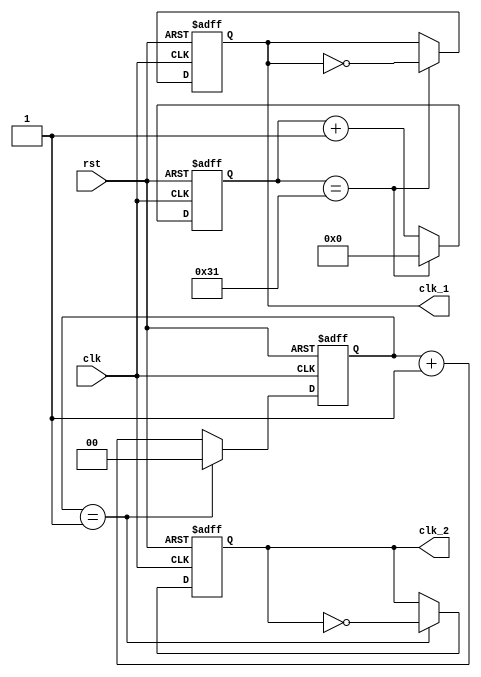

// -----------------------------------------------------------------------------
// frequency divider
// -----------------------------------------------------------------------------
// Create : 2020-05-25 16:04:26
// Revise : 2020-05-25 16:04:26
// Editor : sublime text3, tab size (4)
// -----------------------------------------------------------------------------

//clk_1: 1hz clk_2: 25Mhz
module divider_s (clk, rst, clk_1, clk_2);
input clk, rst;
output clk_1, clk_2;

reg clk_1, clk_2;

//flag for counter
reg [19:0] flag_1;
reg [1:0] flag_2;


//divider for clk_2: 25Mhz
always @(posedge clk or negedge rst) begin
	if (!rst) begin
		// reset
		flag_2 <= 0;
		clk_2 <= 0;
	end
	else if (flag_2 == 2'd1) begin
		clk_2 = ~clk_2;
		flag_2 <= 0;
	end
	else
		flag_2 <= flag_2 +1;
end

//divider for clk_1: 1Mhz
always @(posedge clk or negedge rst) begin
	if (!rst) begin
		// reset
		flag_1 <= 0;
		clk_1 <= 0;
	end
	else if (flag_1 == 20'd49) begin  //if you want a secondwatch, change to 49999
		clk_1 = ~clk_1;
		flag_1 <= 0;
	end
	else
		flag_1 <= flag_1 +1;
end

endmodule